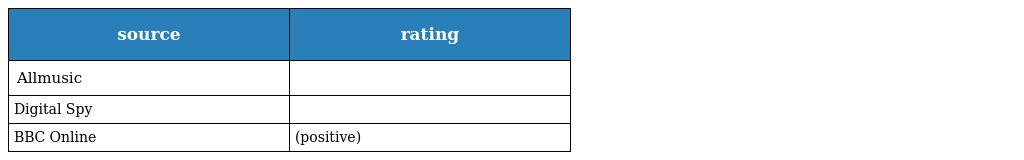
| source | rating |
 | --- | --- |
 | Allmusic |  |
 | Digital Spy |  |
 | BBC Online | (positive) |